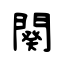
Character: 闋